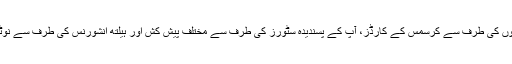
یہ سال ختم ہونے کوہے، آپ کا ای میل بوکس مختلف ای میلوں سے بھرا پڑا ہے، دوستوں کی طرف سے کرسمس کے کارڈز، آپ کے پسندیدہ سٹورز کی طرف سے مختلف پیش کش اور ہیلتھ انشورنس کی طرف سے نوٹسز ہیں وج آپ کو بتانے کےلئے بھیجے گئے ہیں کہ اس سال قیمتیں اور بڑھ گئیں ہیں۔